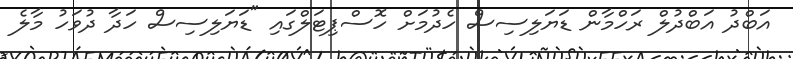
އަބްދު އަބްދުލް ރަހްމާން ޑަޔަލިސިސް ހެދުމަށް ހޮސްޕިޓަލްގައި "ޑަޔަލިސިސް ހަދާ ދުވަހު މާލެ